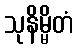
သုနိမ္မိတံ